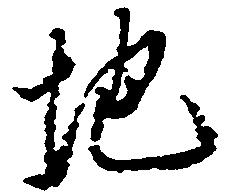
地